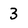
Character: 3